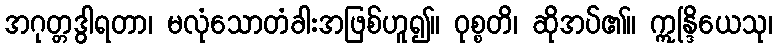
အဂုတ္တဒွါရတာ၊ မလုံသောတံခါးအဖြစ်ဟူ၍။ ဝုစ္စတိ၊ ဆိုအပ်၏။ ဣန္ဒြိယေသု၊